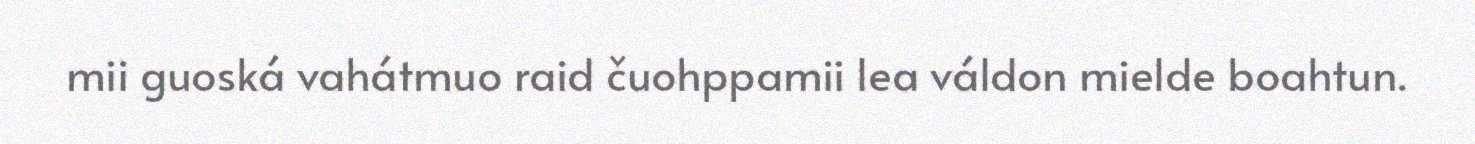
mii guoská vahátmuo raid čuohppamii lea váldon mielde boahtun.